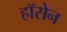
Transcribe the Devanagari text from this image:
हॉसेन